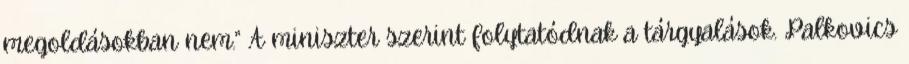
megoldásokban nem.” A miniszter szerint folytatódnak a tárgyalások. Palkovics